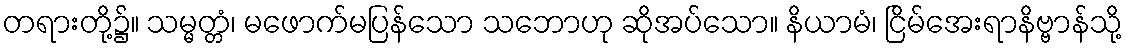
တရားတို့၌။ သမ္မတ္တံ၊ မဖောက်မပြန်သော သဘောဟု ဆိုအပ်သော။ နိယာမံ၊ ငြိမ်အေးရာနိဗ္ဗာန်သို့